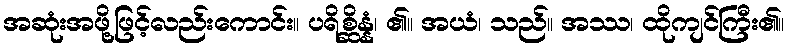
အဆုံးအဖို့ဖြင့်လည်းကောင်း။ ပရိစ္ဆိန္နံ၊ ၏။ အယံ၊ သည်။ အဿ၊ ထိုကျင်ကြီး၏။